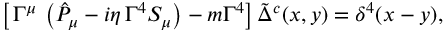
\left[ \, \Gamma ^ { \mu } \, \left( \hat { { \cal P } } _ { \mu } - i \eta \, \Gamma ^ { 4 } S _ { \mu } \right) - m \Gamma ^ { 4 } \right] \tilde { \Delta } ^ { c } ( x , y ) = \delta ^ { 4 } ( x - y ) ,